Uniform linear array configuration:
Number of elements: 24
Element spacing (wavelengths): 0.75
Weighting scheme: binomial
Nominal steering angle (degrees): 15
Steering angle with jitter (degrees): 14.511
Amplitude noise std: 0.05
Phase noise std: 0.05

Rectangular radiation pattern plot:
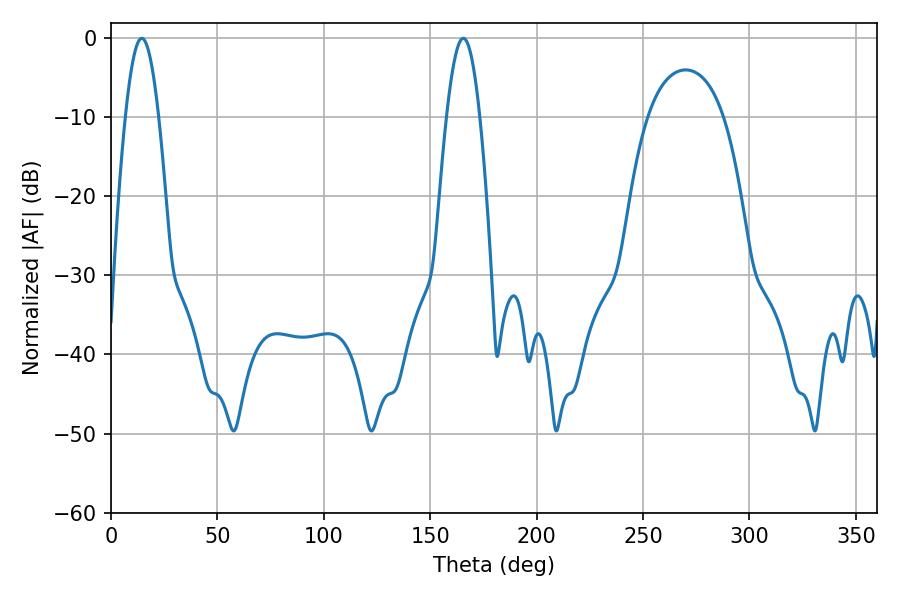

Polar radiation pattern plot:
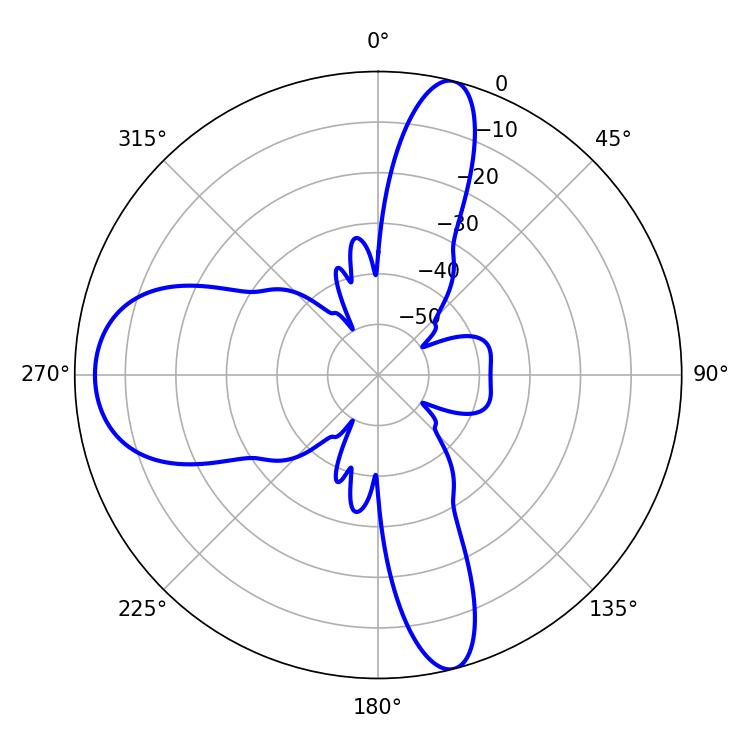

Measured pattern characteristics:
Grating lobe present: TRUE
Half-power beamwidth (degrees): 8.46
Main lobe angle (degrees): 14.4